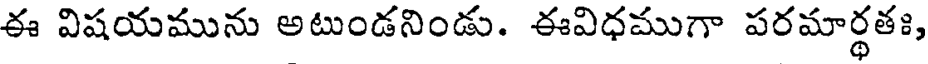
ఈ విషయమును అటుండనిండు. ఈవిధముగా పరమార్థతః,